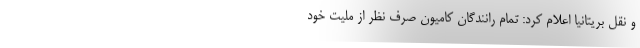
و نقل بریتانیا اعلام کرد: تمام رانندگان کامیون صرف نظر از ملیت خود